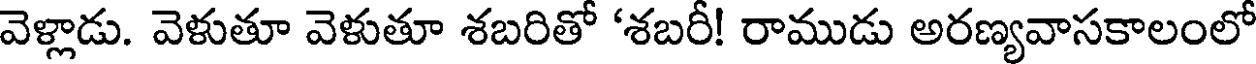
వెళ్లాడు. వెళుతూ వెళుతూ శబరితో 'శబరీ! రాముడు అరణ్యవాసకాలంలో